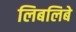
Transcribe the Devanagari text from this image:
लिबलिबे